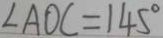
\angle A O C = 1 4 5 ^ { \circ }